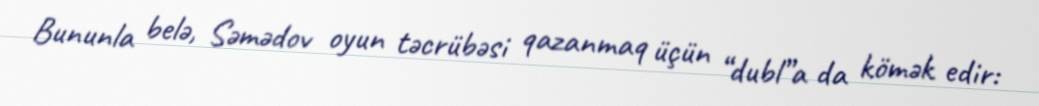
Bununla belə, Səmədov oyun təcrübəsi qazanmaq üçün “dubl”a da kömək edir: